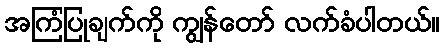
အကြံပြုချက်ကို ကျွန်တော် လက်ခံပါတယ်။